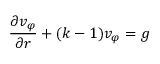
\frac { \partial v _ { \varphi } } { \partial r } + ( k - 1 ) v _ { \varphi } = g